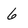
Character: 6